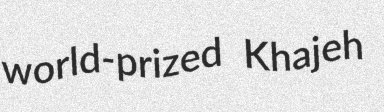
world-prized Khajeh